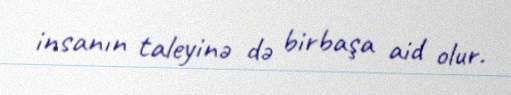
insanın taleyinə də birbaşa aid olur.